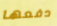
دفعها